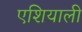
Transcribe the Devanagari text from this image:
एशियाली